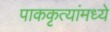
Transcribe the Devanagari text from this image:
पाककृत्यांमध्ये